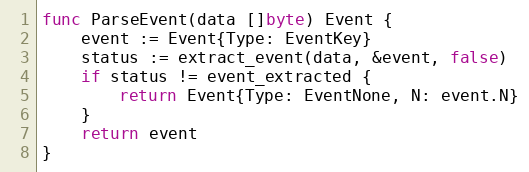
Language: Go
func ParseEvent(data []byte) Event {
	event := Event{Type: EventKey}
	status := extract_event(data, &event, false)
	if status != event_extracted {
		return Event{Type: EventNone, N: event.N}
	}
	return event
}